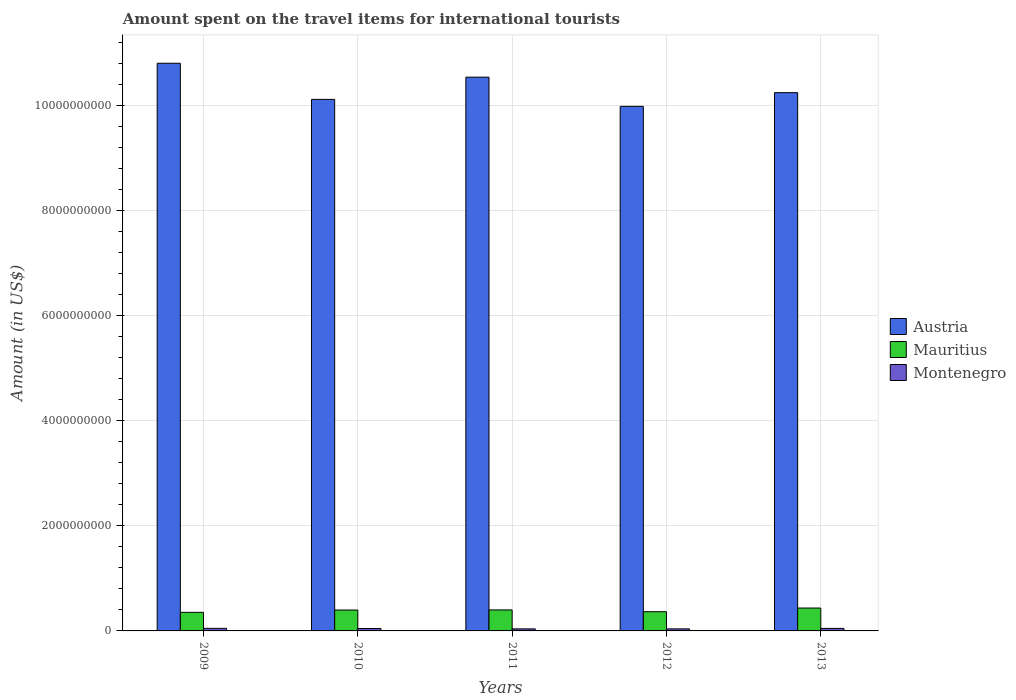
| Years | Austria | Mauritius | Montenegro |
 | --- | --- | --- | --- |
 | 2009 | 1.08e+10 | 3.54e+08 | 4.9e+07 |
 | 2010 | 1.01e+10 | 3.98e+08 | 4.6e+07 |
 | 2011 | 1.05e+10 | 4e+08 | 3.9e+07 |
 | 2012 | 9.99e+09 | 3.66e+08 | 3.9e+07 |
 | 2013 | 1.03e+10 | 4.36e+08 | 4.8e+07 |